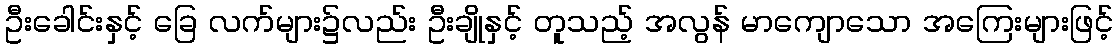
ဦးခေါင်းနှင့် ခြေ လက်များ၌လည်း ဦးချိုနှင့် တူသည့် အလွန် မာကျောသော အကြေးများဖြင့်